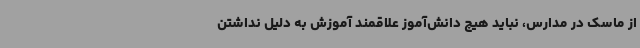
از ماسک در مدارس، نباید هیچ دانش‌آموز علاقمند آموزش به دلیل نداشتن